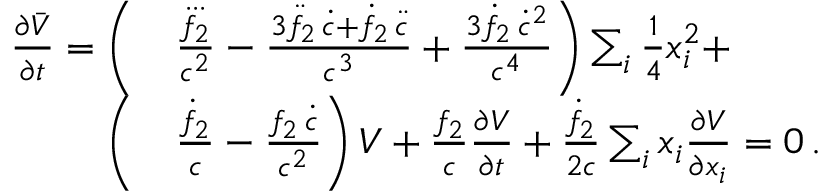
\begin{array} { r l } { \frac { \partial \bar { V } } { \partial t } = \bigg ( } & { \frac { \dddot { f _ { 2 } } } { c ^ { 2 } } - \frac { 3 \ddot { f } _ { 2 } \, \dot { c } + \dot { f } _ { 2 } \, \ddot { c } } { c ^ { 3 } } + \frac { 3 \dot { f } _ { 2 } \, \dot { c } ^ { 2 } } { c ^ { 4 } } \bigg ) \sum _ { i } { \textstyle \frac { 1 } { 4 } } x _ { i } ^ { 2 } + } \\ { \bigg ( } & { \frac { \dot { f } _ { 2 } } { c } - \frac { f _ { 2 } \, \dot { c } } { c ^ { 2 } } \bigg ) \, V + \frac { f _ { 2 } } { c } \frac { \partial V } { \partial t } + \frac { \dot { f } _ { 2 } } { 2 c } \sum _ { i } x _ { i } \frac { \partial V } { \partial x _ { i } } = 0 \, . } \end{array}